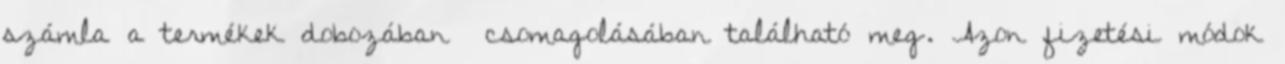
számla a termékek dobozában csomagolásában található meg. Azon fizetési módok